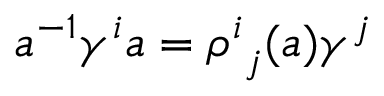
a ^ { - 1 } \gamma ^ { i } a = { \rho ^ { i } } _ { j } ( a ) \gamma ^ { j }